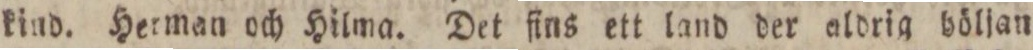
kind. Herman och Hilma. Det fins ett land der aldrig böljan